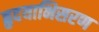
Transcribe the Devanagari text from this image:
हृदयाभिसरण